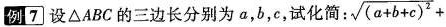
例7 设△ABC的三边长分别为a，b，c，试化简： \sqrt { ( a + b + c ) ^ {